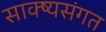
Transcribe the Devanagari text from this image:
साक्ष्यसंगत